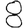
Digit: 8